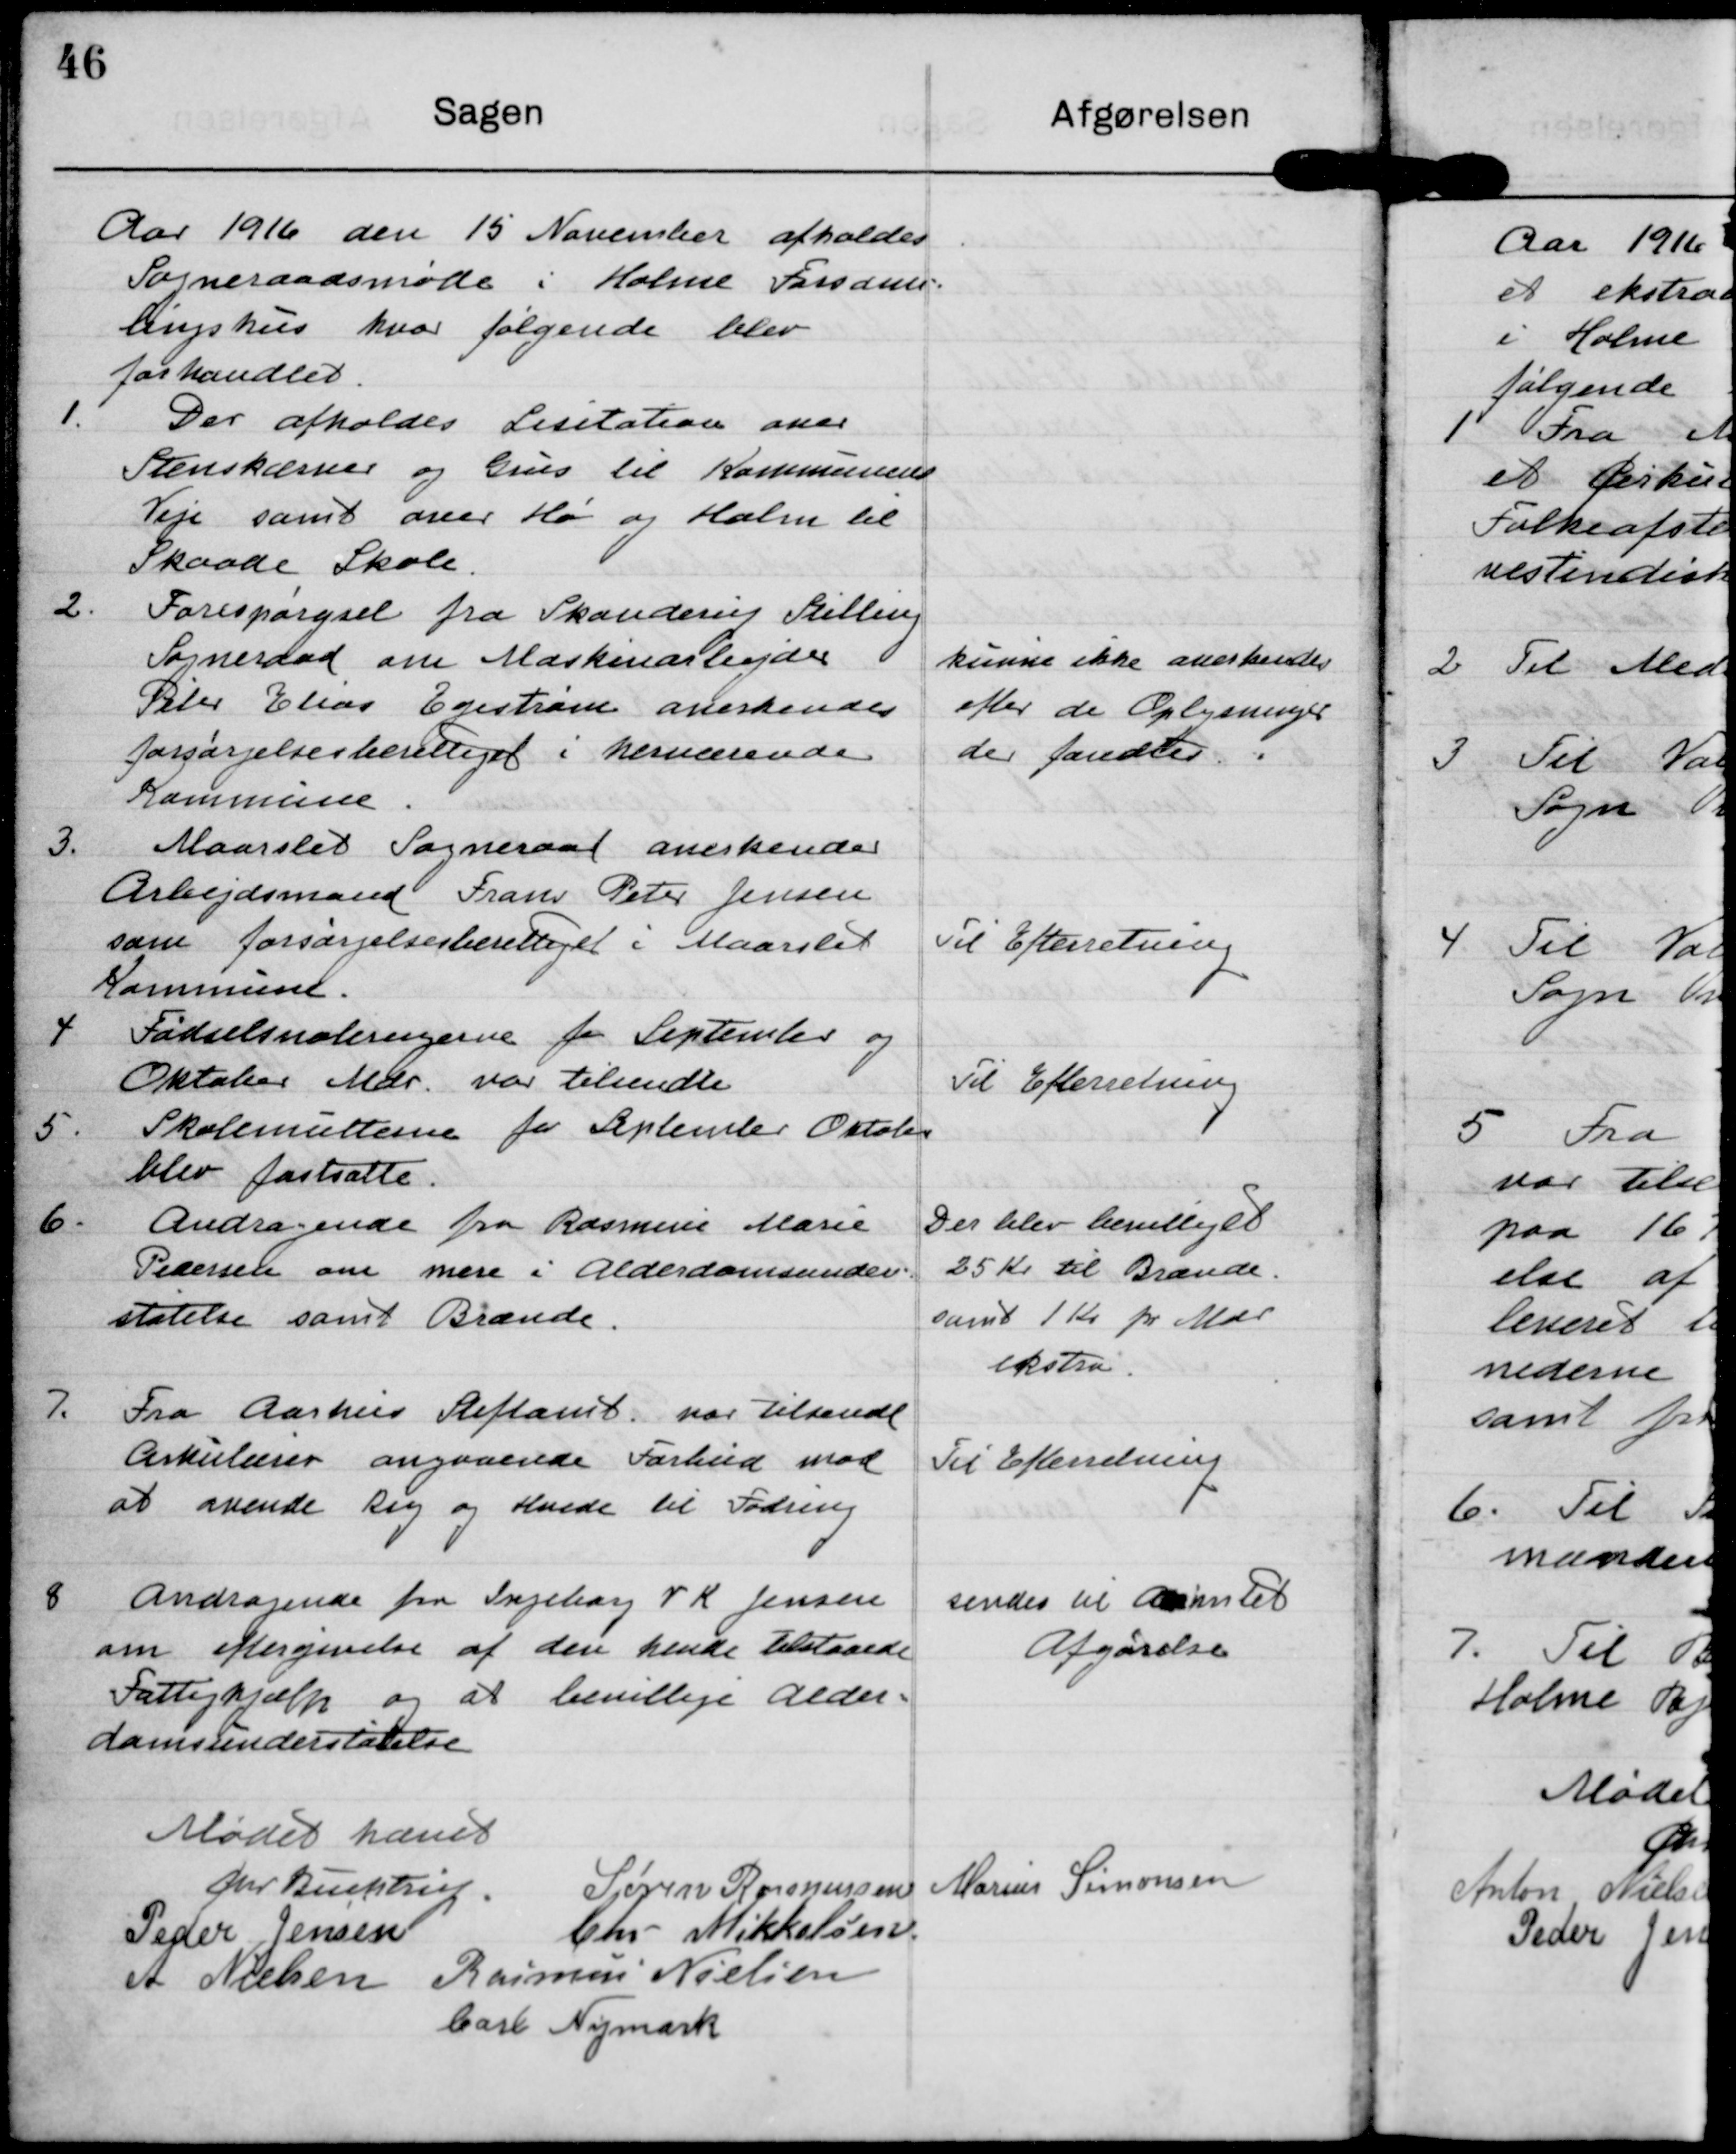
Transskription:
Aar 1916 den 15 November afholdes
Sogneraadsmøde i Holme Farsams
lingshus hvor følgende blev
forhandlet.

Der afholdes Lisitation over
Stenskæmse og Guus til Kommunens
Veje samt oner Hø og Halm til
skaade Skole.

2. Forespørgsel fra Skanderup Stilling
Sogneraad om Maskinarbejder i
Feler Eleos Egestram anerkendes
forsørgelsesberettiget i hernærende
Kommune

kunne ikke anerkendes
efter de Oplysninger
de fandtes

3. Maarslet Sogneraad anerkender
Arbejdsmand Frans Peter Jensen
som forsørgelsesberettiget i Maarslet
Kommune.

Til Efterretning

4 Fødselsnoberugerne for Septemler og
Oktober Aldr. var tilsendte

Til Efterretning

5. Skolemætterin for Seplemler Oktober
blev fastsatte

6. Andragende fra Rasmss Marie
Pedersen om mere i Alderdomsunder-
statelse samt Brænde.

Der blev bevilliget
25 Kr til Brænde.
samt 1 Kr pr Mar
ekstru

7. Fra Aarhus Stiftamt, var tilsendt
Cirkulærer angaaende Farbud mod
at avende kig og Hrede til Fodreng

Til Efterretning

Andragende fra Ingeborg V K Jensen
om eftergivelse af den hende tilstaaede
Fattighjælp og at bevillige Alder-
domsunderstøtelse

sendes til Aamtet
Afgørelse

Mødet hævet

Gr Buhtrp

Søren Rasmussen

Marius Simonsen

Peder Jensen

Chr Mikkelsen

A Nielsen

Rasmus Nielsen

barl Nymark